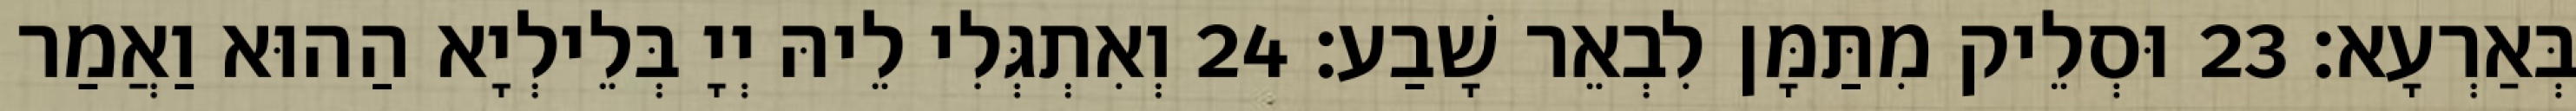
בְּאַרְעָא׃ 23 וּסְלֵיק מִתַּמָּן לִבְאֵר שָׁבַע׃ 24 וְאִתְגְּלִי לֵיהּ יְיָ בְּלֵילְיָא הַהוּא וַאֲמַר